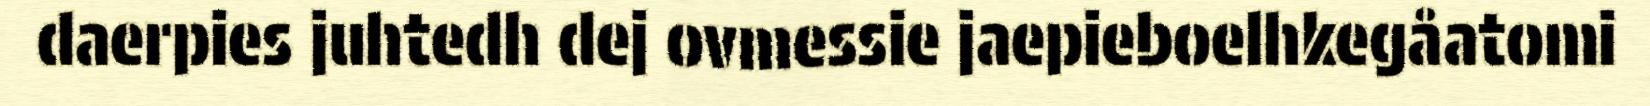
daerpies juhtedh dej ovmessie jaepieboelhkegåatomi